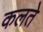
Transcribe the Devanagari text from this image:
कलते